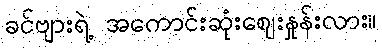
ခင်ဗျားရဲ့ အကောင်းဆုံးဈေးနှုန်းလား။